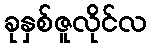
ခုနှစ်ဇူလိုင်လ